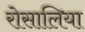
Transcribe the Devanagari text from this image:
रोसालिया